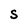
Character: S